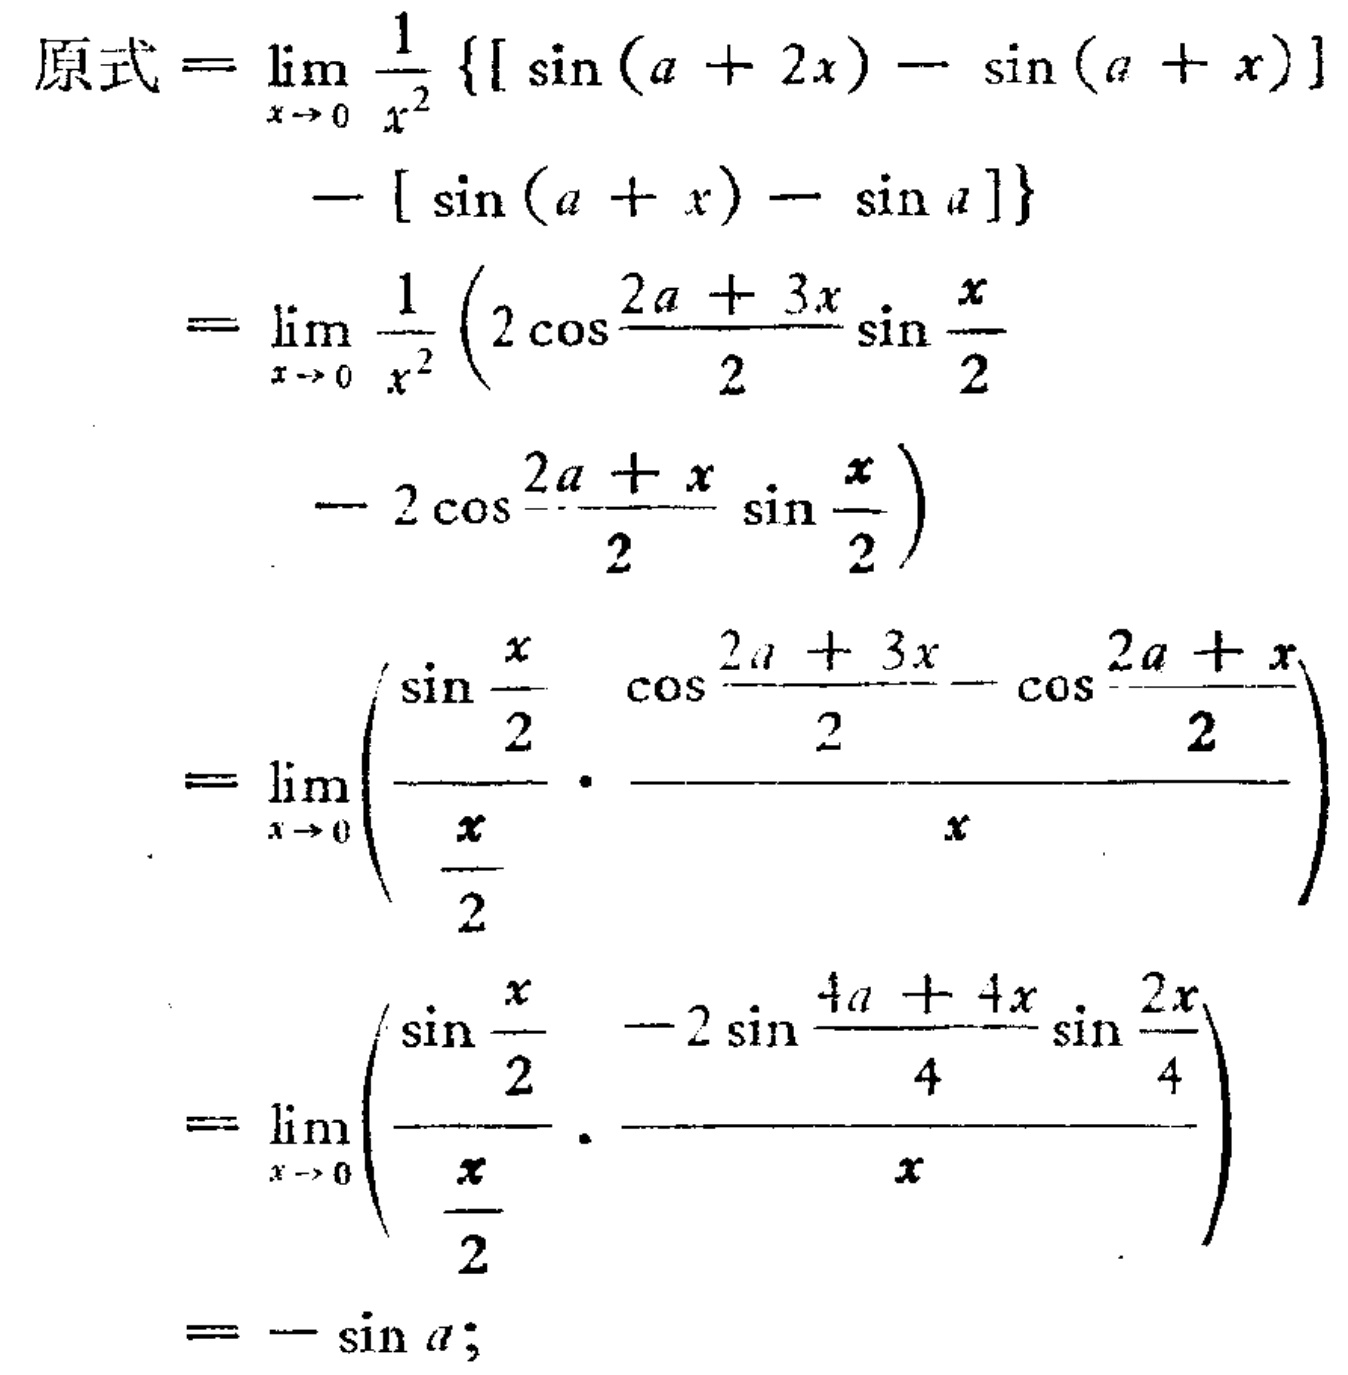
\[\begin{align*}
原式&=\lim_{x \to 0} \frac{1}{x^{2}}\{[\sin(a + 2x)-\sin(a + x)]-[\sin(a + x)-\sin a]\}\\
&=\lim_{x \to 0} \frac{1}{x^{2}}\left(2\cos\frac{2a + 3x}{2}\sin\frac{x}{2}-2\cos\frac{2a + x}{2}\sin\frac{x}{2}\right)\\
&=\lim_{x \to 0}\left(\frac{\sin\frac{x}{2}}{\frac{x}{2}}\cdot\frac{\cos\frac{2a + 3x}{2}-\cos\frac{2a + x}{2}}{x}\right)\\
&=\lim_{x \to 0}\left(\frac{\sin\frac{x}{2}}{\frac{x}{2}}\cdot\frac{-2\sin\frac{4a + 4x}{4}\sin\frac{2x}{4}}{x}\right)\\
&=-\sin a;
\end{align*}\]